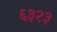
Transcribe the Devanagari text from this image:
६३२३